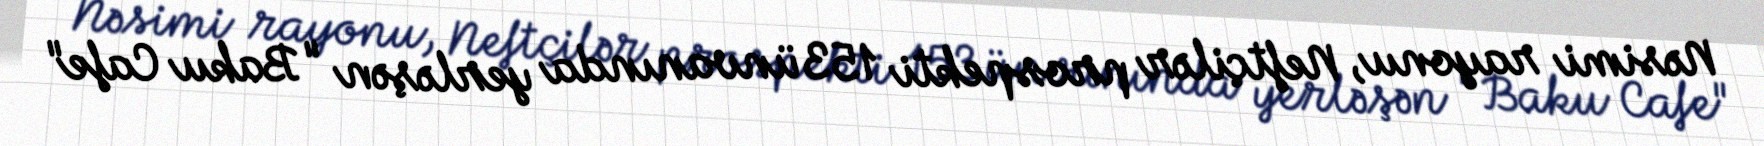
Nəsimi rayonu, Neftçilər prospekti 153 ünvanında yerləşən "Baku Cafe"